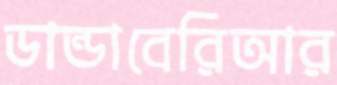
ডান্ডাবেরিআর